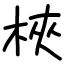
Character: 梜